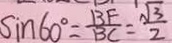
\sin 6 0 ^ { \circ } = \frac { B F } { B C } = \frac { \sqrt { 3 } } { 2 }